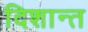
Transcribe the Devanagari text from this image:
दिशान्त